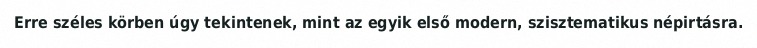
Erre széles körben úgy tekintenek, mint az egyik első modern, szisztematikus népirtásra.